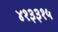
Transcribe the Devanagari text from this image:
४१३३१५